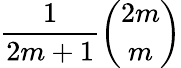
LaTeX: {\frac{1}{2m+1}}{\binom{2m}{m}}